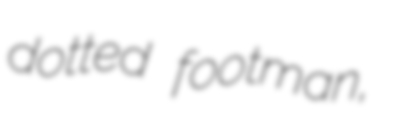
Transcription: dotted footman,